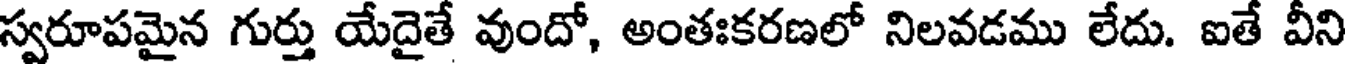
స్వరూపమైన గుర్తు యేదైతే వుందో, అంతఃకరణలో నిలవడము లేదు. ఐతే వీని